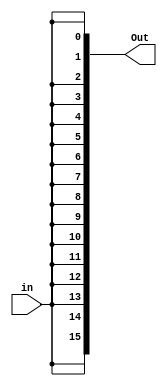
module sixteen_bit_splitter(in, Out);

	parameter SIZE = 16;
	input in;
	
	
	output [SIZE-1:0] Out;
	assign Out[0] = in;
	assign Out[1] = in;
	assign Out[2] = in;
	assign Out[3] = in;
	assign Out[4] = in;
	assign Out[5] = in;
	assign Out[6] = in;
	assign Out[7] = in;
	assign Out[8] = in;
	assign Out[9] = in;
	assign Out[10] = in;
	assign Out[11] = in;
	assign Out[12] = in;
	assign Out[13] = in;
	assign Out[14] = in;
	assign Out[15] = in;

endmodule